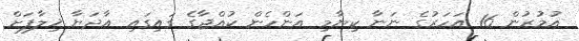
އުމުރުން 16 އަހަރުގެ ނަނާ ކިޔާމި އަންހެން ކުއްޖާގެ ގައިގައި އާދަޔާ ޚިލާފަށް